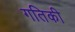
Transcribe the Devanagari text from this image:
गतिकी